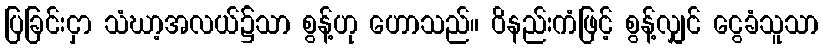
ပြခြင်းငှာ သံဃာ့အလယ်၌သာ စွန့်ဟု ဟောသည်။ ဝိနည်းကံဖြင့် စွန့်လျှင် ငွေခံသူသာ